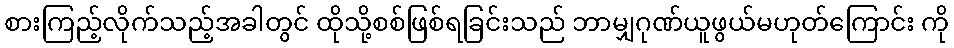
စားကြည့်လိုက်သည့်အခါတွင် ထိုသို့စစ်ဖြစ်ရခြင်းသည် ဘာမျှဂုဏ်ယူဖွယ်မဟုတ်ကြောင်း ကို